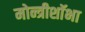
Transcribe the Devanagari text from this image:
मोन्त्रीशाॅभा